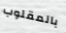
بالمقلوب